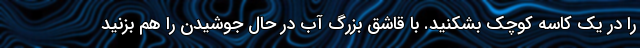
را در یک کاسه کوچک بشکنید. با قاشق بزرگ آب در حال جوشیدن را هم بزنید